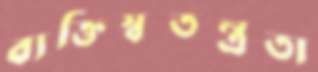
ব্যক্তিস্বতন্ত্রতা